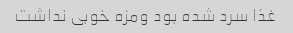
غذا سرد شده بود ومزه خوبی نداشت